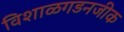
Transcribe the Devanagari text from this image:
विशाळगडनजीक